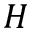
H